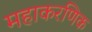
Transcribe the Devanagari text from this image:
महाकरणिक